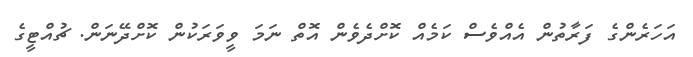
އަހަރެންގެ ފަރާތުން އެއްވެސް ކަމެއް ކޮށްދެވެން އޮތް ނަމަ ވީވަރަކުން ކޮށްދޭނަން. ޗުއްޓީގެ